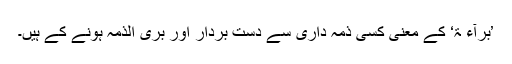
’بَرَآءَ ۃٌ‘ کے معنی کسی ذمہ داری سے دست بردار اور بری الذمہ ہونے کے ہیں۔